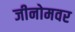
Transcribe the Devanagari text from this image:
जीनोमवर